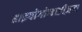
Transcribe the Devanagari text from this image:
हाइपोगोनाडीज़म